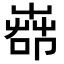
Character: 𦱡